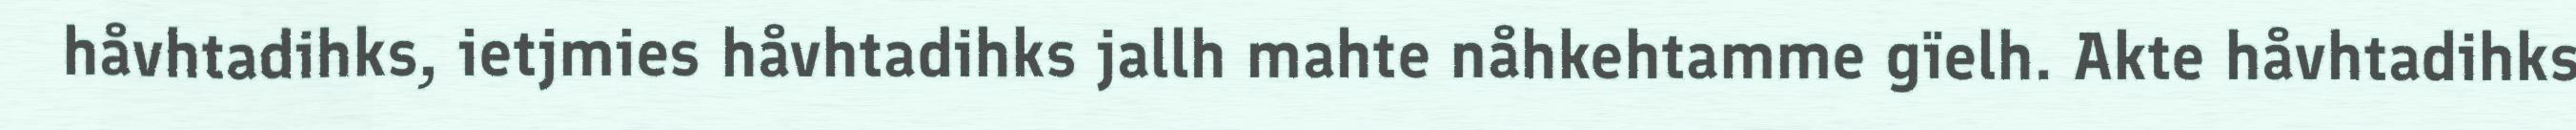
håvhtadihks, ietjmies håvhtadihks jallh mahte nåhkehtamme gïelh. Akte håvhtadihks